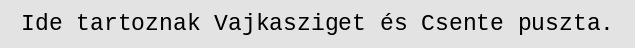
Ide tartoznak Vajkasziget és Csente puszta.